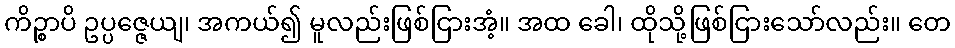
ကိဉ္စာပိ ဥပ္ပဇ္ဇေယျ၊ အကယ်၍ မူလည်းဖြစ်ငြားအံ့။ အထ ခေါ၊ ထိုသို့ဖြစ်ငြားသော်လည်း။ တေ